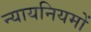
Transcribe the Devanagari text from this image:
न्यायनियमों